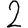
Digit: 2